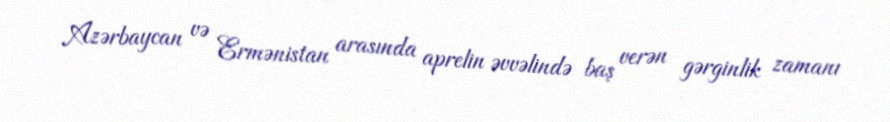
Azərbaycan və Ermənistan arasında aprelin əvvəlində baş verən gərginlik zamanı